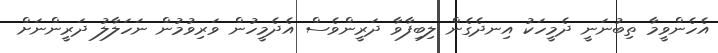
އެހެންވީމާ ތިބުނަނީ ދެމީހަކު އިނދެގެން ލިބިފާވާ ދަރީންވެސް އެދެމީހުން ވަރިވުމުން ނަހަލާލު ދަރީންނަށް